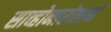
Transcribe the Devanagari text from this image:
साव्होनारोलाने